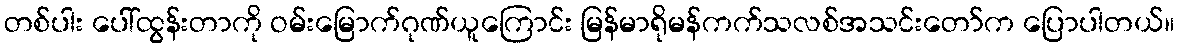
တစ်ပါး ပေါ်ထွန်းတာကို ဝမ်းမြောက်ဂုဏ်ယူကြောင်း မြန်မာရိုမန်ကက်သလစ်အသင်းတော်က ပြောပါတယ်။